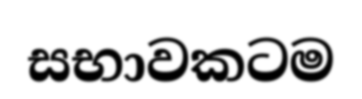
සභාවකටම